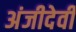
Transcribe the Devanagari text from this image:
अंजीदेवी